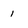
Character: 1